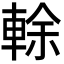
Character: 𨌎